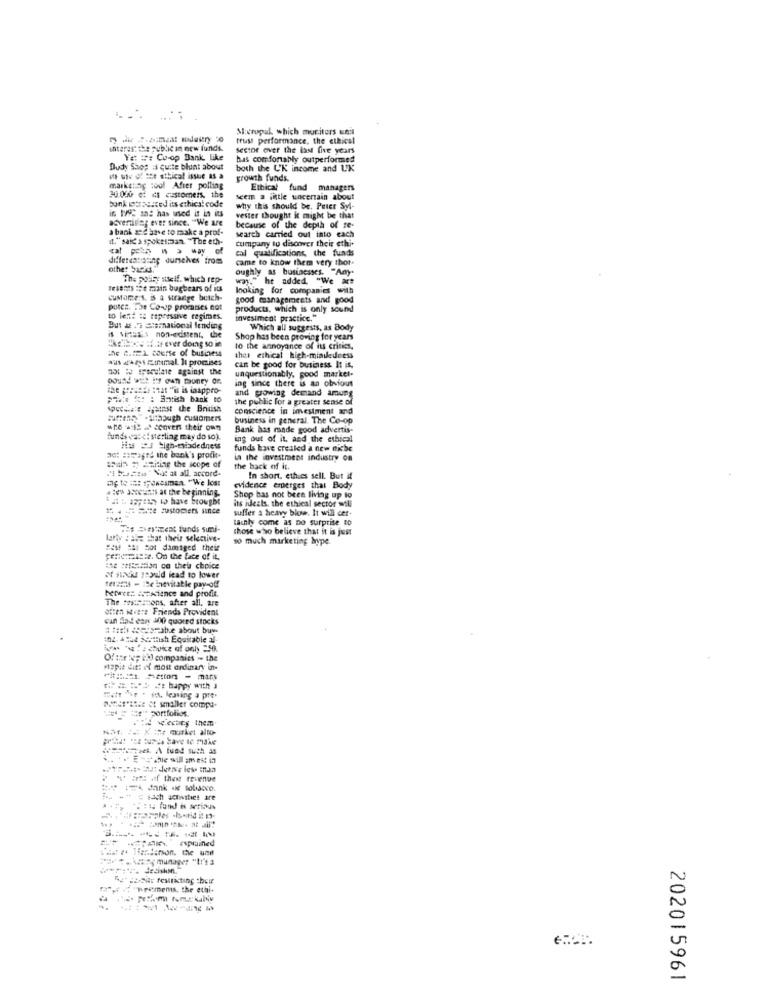
Micropul which mociters seit
trust performance, the ethical
interestthe public in new funds.
sector over the last five years
Y= == Co-op Bank like
bas comfortably outperformed
Dudy Shop :s quite blunt about
both the L'K income and UK
growth funds.
marketing tool After polling
Ethical fund managers
30.000 cf ds customers, the
bank introduced its ethical code
seem a little wocertain about
in 199C and has used it in its
why this should be. Price Syl-
advertising ever since. "We are
vester thought it might be that
a bank and have to make a prof-
because of the depth of re-
it."said a spokesman. "The eth-
search carried out into each
cumgany to discover their ethi-
clp - a way of
cal qualifications, the funds
differentaning ourselves from
came to know them very thor-
other 5and.
oughly as businesses. "Any.
The police stself. which rep-
way." he added. "We a#
Tesents :he main bugbears of its
looking for companies with
CuMore's. 5 a strange betch-
good managements and good
PutCs. The Co-op promises not
products, which is only sound
to lent is caperssive regimes.
investment practice."
But # - Starnational lending
Which all suggests, as Body
IS MAISES non-existent, the
Shop has been proving for years
10 the annoyance of its critics,
aus az Einmal. It promises
thes ethical high-mindedness
not to speculate against the
can be good for business It is.
unquestionably, good market-
ing since there is an obvious
piede :12: "il is inappro-
and growing demand amung
Pie *: : British bank to
the public for a greater sense of
Weeee against the British
conscience in investment and
#messithough cuMoment
business in general. The Co-op
wro === = conven their own
Bank has made good advertis-
funds vate" sterling may do so).
ing out of it, and the ethical
in J high-mindedness
funds have created a new niche
aot :imaged the bank's prodic-
in the investment industry on
" bestia " Not at all accord-
Brain # Sailing the scope of
the back of it.
me to :: 1,36osman. "We lost
In short. ethics sell. But it
#:en 35ocas at the beginning.
evidence emerges that Body
1 : 335:35) to have brought
its ideals, the ethical sector wsli
Shop has not been living up to
suffer a heavy blow. It will cer-
tachly come as no surprise to
Wis Chestient funds sumni-
those who believe that it is jest
larty : che that their selective-
so much marketing hype.
BOM Ha ho damaged their
cenkmiste. On the face of it.
sie "rasion ca their choice
of FINdu could lead to lower
terzina - De inevitable pay-off
Nette; #5Fscience and profit.
The resthatons, after all, are
Otten ivere Friends Provident
can find eany ino quored stocks
# ##oh cheisrabe about buy-
102. 4 Hut scottish Equitable al-
Of the wep ich) companies - the
Mapie ditt of most ordinary in
Mit 221. Castors - miny
== == = happy with ]
matt for . fot. leaving a pre-
MESI'ZEE A smaller compa-
ieren portfolios.
4. A tued suth Ms
" " I of thet revenue
-------
explained
18 44 Henderson, the und
"g" Jaar restricting their
Fees, the ethi-
202015961